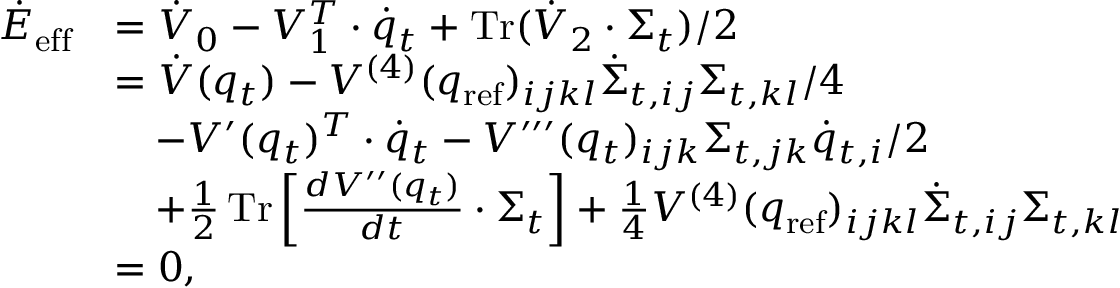
\begin{array} { r l } { \dot { E } _ { \mathrm { e f f } } } & { = \dot { V } _ { 0 } - V _ { 1 } ^ { T } \cdot \dot { q } _ { t } + \operatorname { T r } ( \dot { V } _ { 2 } \cdot \Sigma _ { t } ) / 2 } \\ & { = \dot { V } ( q _ { t } ) - V ^ { ( 4 ) } ( q _ { \mathrm { r e f } } ) _ { i j k l } \dot { \Sigma } _ { t , i j } \Sigma _ { t , k l } / 4 } \\ & { ~ ~ ~ - V ^ { \prime } ( q _ { t } ) ^ { T } \cdot \dot { q } _ { t } - V ^ { \prime \prime \prime } ( q _ { t } ) _ { i j k } \Sigma _ { t , j k } \dot { q } _ { t , i } / 2 } \\ & { ~ ~ ~ + \frac { 1 } { 2 } \operatorname { T r } \left[ \frac { d V ^ { \prime \prime } ( q _ { t } ) } { d t } \cdot \Sigma _ { t } \right] + \frac { 1 } { 4 } V ^ { ( 4 ) } ( q _ { \mathrm { r e f } } ) _ { i j k l } \dot { \Sigma } _ { t , i j } \Sigma _ { t , k l } } \\ & { = 0 , } \end{array}